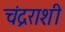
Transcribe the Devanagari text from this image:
चंद्रराशी